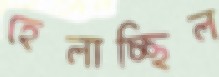
হেলাচ্ছিল